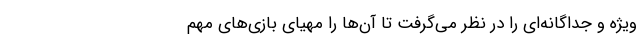
ویژه و جداگانه‌ای را در نظر می‌گرفت تا آن‌ها را مهیای بازی‌های مهم